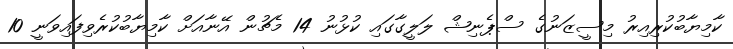
ކާމިޔާބުކުރިއިރު މިސީޒަނުގެ ސްޕެނިޝް ލަލީގާގައި ކުޅުނު 14 މެޗުން އޭނާއަށް ކާމިޔާބުކުރެވިފައިވަނީ 10